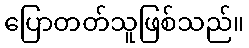
ပြောတတ်သူဖြစ်သည်။